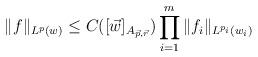
LaTeX: \begin{align*}\|f\|_{L^{p}(w)} \le C([\vec w]_{A_{\vec p, \vec r}}) \prod_{i=1}^m\|f_i\|_{L^{p_i}(w_i)}\end{align*}